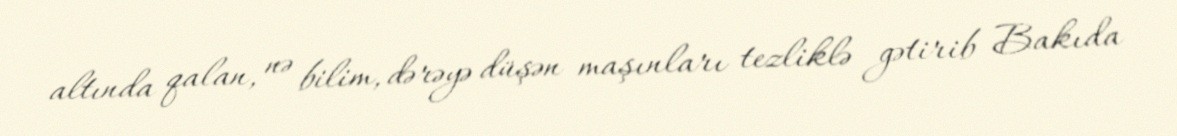
altında qalan, nə bilim, dərəyə düşən maşınları tezliklə gətirib Bakıda